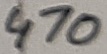
Text: 470